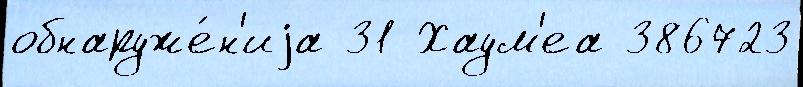
обнаруже́н'иjа 31 Хаум'еа 386723